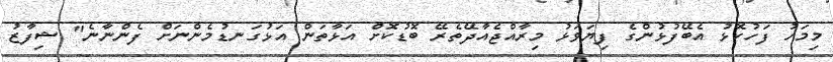
މިމަހު ފަހުކޮޅު އެބޭފުޅުންގެ ފިޔަވަޅު މިރާއްޖެއާދޭތެރޭ ބޮޑުކޮށް އަޅާތަން އަޅުގަނޑުމެންނަށް ފެންނާނެ" ޝިފާޒު